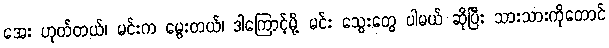
အေး ဟုတ်တယ်၊ မင်းက မွေးတယ်၊ ဒါကြောင့်မို့ မင်း သွေးတွေ ပါမယ် ဆိုပြီး သားသားကိုတောင်